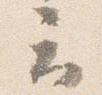
云